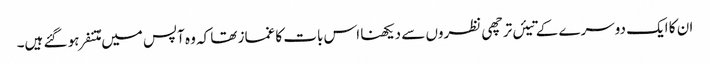
ان کا ایک دوسرے کے تیئں ترچھی نظروں سے دیکھنا اس بات کا غماز تھا کہ وہ آپس میں مُتنفر ہو گئے ہیں۔